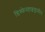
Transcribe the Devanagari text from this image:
डिस्फेनहाइड्रामीन